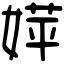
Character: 𡞴